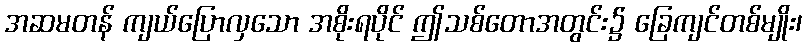
အဆမတန် ကျယ်ပြောလှသော အစိုးရပိုင် ဤသစ်တောအတွင်း၌ ခြေကျင်တစ်မျိုး၊